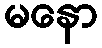
မနော